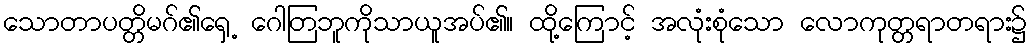
သောတာပတ္တိမဂ်၏ရှေ့ ဂေါတြဘူကိုသာယူအပ်၏။ ထို့ကြောင့် အလုံးစုံသော လောကုတ္တရာတရား၌